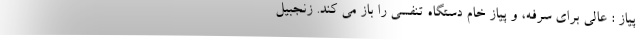
پیاز : عالی برای سرفه، و پیاز خام دستگاه تنفسی را باز می کند. زنجبیل